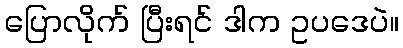
ပြောလိုက် ပြီးရင် ဒါက ဥပဒေပဲ။